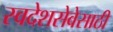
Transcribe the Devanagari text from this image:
स्वदेशसेवेसाठी